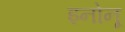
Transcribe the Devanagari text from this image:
इनोनू